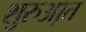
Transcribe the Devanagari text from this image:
शुरुआ़त